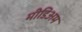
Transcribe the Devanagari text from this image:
मीडिअम